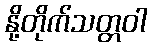
နို့တိုက်သတ္တဝါ